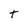
Character: t